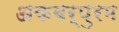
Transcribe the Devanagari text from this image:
अकबर्पुरम